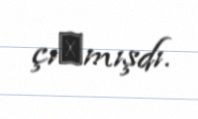
çıхmışdı.